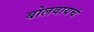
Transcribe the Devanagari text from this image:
बोलवायचं